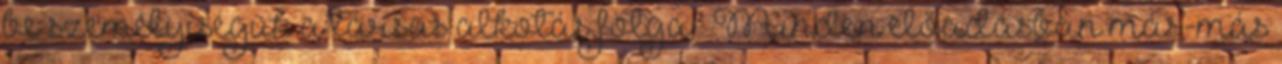
be személyiségük a társas alkotás folya- Minden előadásban más-más